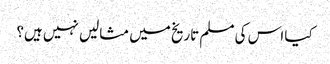
کیا اس کی مسلم تاریخ میں مثالیں نہیں ہیں؟